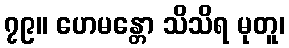
၇၉။ ဟေမန္တော သိသိရ မုတူ၊